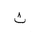
Letter: _tha